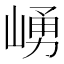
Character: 𱜀